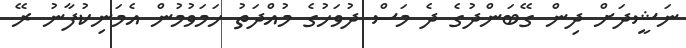
ނަޝީދަށް ދިން ގޭބަންދުގެ ދެ މަސް ދުވަހުގެ މުއްދަތު ހަމަވުމުން އެމަނިކުފާނު ރޭ